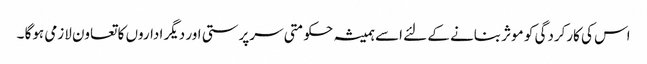
اس کی کارکردگی کو موثر بنانے کے لئے اسے ہمیشہ حکومتی سرپرستی اور دیگر اداروں کا تعاون لازمی ہوگا ۔